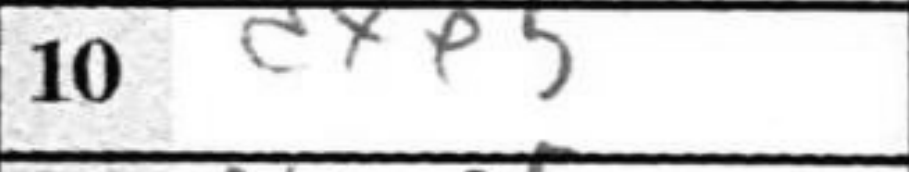
Transcription: dxe5